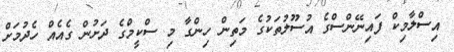
އިސްލާމިކް ފައިނޭންސްގެ އުސޫލުތަކުގެ މަތިން ހިންގާ މި ސްކީމްގެ ދަށުން ގެއެއް ހެދުމަށް